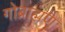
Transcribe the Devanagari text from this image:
गोब्राह्मण